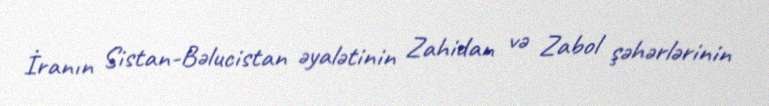
İranın Sistan-Bəlucistan əyalətinin Zahidan və Zabol şəhərlərinin